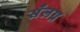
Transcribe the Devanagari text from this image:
सँलग्न